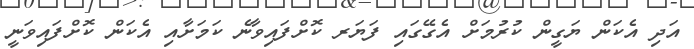
އަދި އެކަން ޔަގީން ކުރުމަށް އެގޭގައި ފަޔަރ ކޮށްފައިވާނެ ކަމަށާއި އެކަން ކޮށްފައިވަނީ